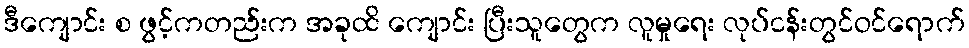
ဒီကျောင်း စ ဖွင့်ကတည်းက အခုထိ ကျောင်း ပြီးသူတွေက လူမှုရေး လုပ်ငန်းတွင်ဝင်ရောက်